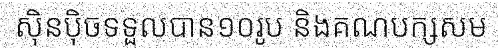
ស៊ិនប៉ិចទទួលបាន១០រូប និងគណបក្សសម